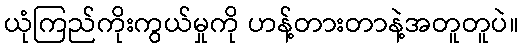
ယုံကြည်ကိုးကွယ်မှုကို ဟန့်တားတာနဲ့အတူတူပဲ။